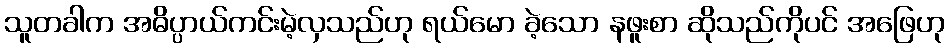
သူတခါက အဓိပ္ပာယ်ကင်းမဲ့လှသည်ဟု ရယ်မော ခဲ့သော နဖူးစာ ဆိုသည်ကိုပင် အဖြေဟု